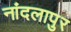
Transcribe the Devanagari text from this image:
नांदलापुर